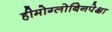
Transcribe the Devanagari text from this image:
हीमोग्लोबिनपेक्षा